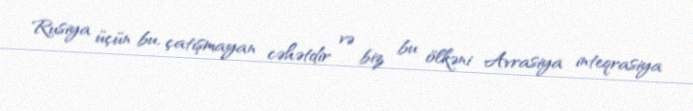
Rusiya üçün bu, çatışmayan cəhətdir və biz bu ölkəni Avrasiya inteqrasiya